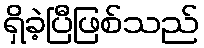
ရှိခဲ့ပြီဖြစ်သည်